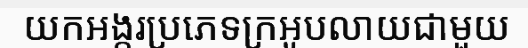
យកអង្ករប្រភេទក្រអូបលាយជាមួយ